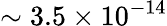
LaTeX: \sim 3.5\times 10^{-14}